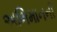
અભિમાનની